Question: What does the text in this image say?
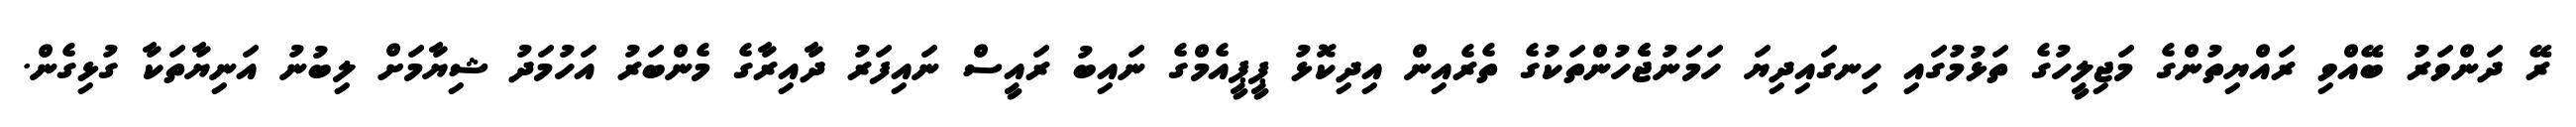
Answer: ރޭ ދަންވަރު ބޭއްވި ރައްޔިތުންގެ މަޖިލީހުގެ ތަޅުމުގައި ހިނގައިދިޔަ ހަމަނުޖެެހުންތަކުގެ ތެރެއިން އިދިކޮޅު ޕީޕީއެމްގެ ނައިބު ރައީސް ނައިފަރު ދާއިރާގެ މެންބަރު އަހުމަދު ޝިޔާމަށް ލިބުނު އަނިޔާތަކާ ގުޅިގެން.